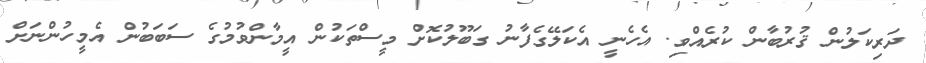
ދަރިކަލުން ޤުރުބާން ކުރެއްވި. އެހެނީ އެކަލޭގެފާނު ގަބޫލުކޮށް މީސްތަކުން އީމާންވުމުގެ ސަބަބުން އެމީހުންނަށް